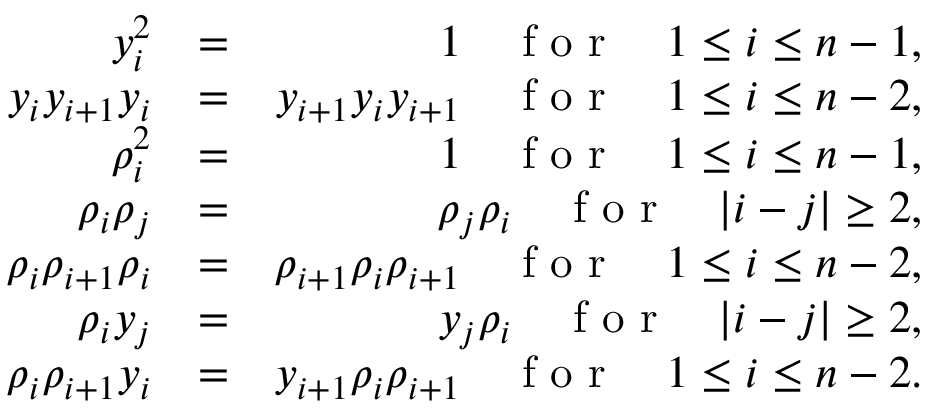
\begin{array} { r l r } { y _ { i } ^ { 2 } } & { = } & { 1 \quad \textrm { f o r } \quad 1 \le i \le n - 1 , } \\ { y _ { i } y _ { i + 1 } y _ { i } } & { = } & { y _ { i + 1 } y _ { i } y _ { i + 1 } \quad \textrm { f o r } \quad 1 \le i \le n - 2 , } \\ { \rho _ { i } ^ { 2 } } & { = } & { 1 \quad \textrm { f o r } \quad 1 \le i \le n - 1 , } \\ { \rho _ { i } \rho _ { j } } & { = } & { \rho _ { j } \rho _ { i } \quad \textrm { f o r } \quad | i - j | \geq 2 , } \\ { \rho _ { i } \rho _ { i + 1 } \rho _ { i } } & { = } & { \rho _ { i + 1 } \rho _ { i } \rho _ { i + 1 } \quad \textrm { f o r } \quad 1 \le i \le n - 2 , } \\ { \rho _ { i } y _ { j } } & { = } & { y _ { j } \rho _ { i } \quad \textrm { f o r } \quad | i - j | \geq 2 , } \\ { \rho _ { i } \rho _ { i + 1 } y _ { i } } & { = } & { y _ { i + 1 } \rho _ { i } \rho _ { i + 1 } \quad \textrm { f o r } \quad 1 \le i \le n - 2 . } \end{array}